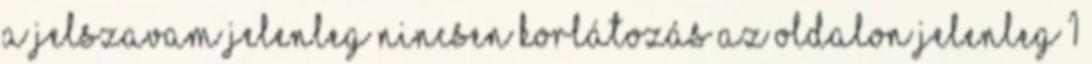
a jelszavam Jelenleg nincsen korlátozás az oldalon Jelenleg 1